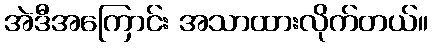
အဲဒီအကြောင်း အသာထားလိုက်တယ်။